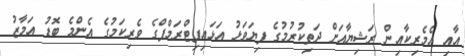
އާއި އެމެރިކާއިން ރަޝިޔާއަށް ދަތިކުރުމުގެ ފިޔަވަޅު އަޅައިފިޓްރަމްޕްގެ ވެރިކަމުގެ އެންމެ ބޮޑު އަމާޒު